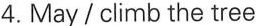
4.May/climb the tree